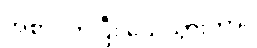
အစာငတ်ပြီး သေသွားတာ။